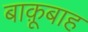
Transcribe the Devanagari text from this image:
बाक़ूबाह